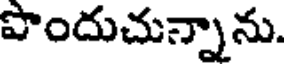
పొందుచున్నాను.